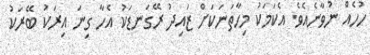
ހުހެއް ނުވާނެއެވެ. އެކަމަކު މިހާތަނަކަށް ޒައިދު ރޭގަނޑަކު އެހާ ގިނަ އިރަކު ބޭރަކު